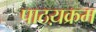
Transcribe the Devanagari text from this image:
पाठय़क्रम